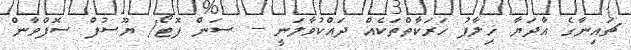
ޗައިނާގެ އާދަޔާ ޚިލާފު ހަރަކާތްތަކެއް ދައްކުވާލަނީ -- ސަން ފޮޓޯ/ ޔޫސުފް ސޮފްވާން